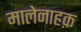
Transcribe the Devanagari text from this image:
मालेनाहक़